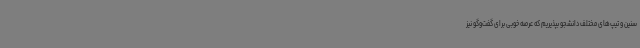
سنین و تیپ‌های مختلف دانشجو بپذیریم که عرصه خوبی برای گفت‌وگو نیز